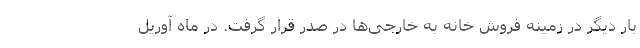
بار دیگر در زمینه فروش خانه به خارجی‌ها در صدر قرار گرفت. در ماه آوریل